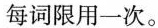
每词限用一次.